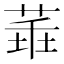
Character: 𦴂